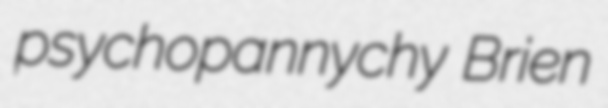
psychopannychy Brien